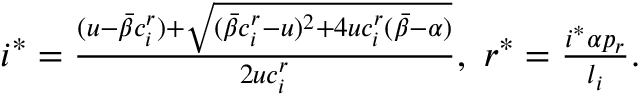
\begin{array} { r } { i ^ { * } = \frac { ( u - \bar { \beta } c _ { i } ^ { r } ) + \sqrt { ( \bar { \beta } c _ { i } ^ { r } - u ) ^ { 2 } + 4 u c _ { i } ^ { r } ( \bar { \beta } - \alpha ) } } { 2 u c _ { i } ^ { r } } , \ r ^ { * } = \frac { i ^ { * } \alpha p _ { r } } { l _ { i } } . } \end{array}